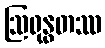
ဩရုန္ဓတဿ